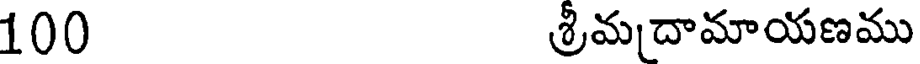
100 శ్రీమదామాయణము